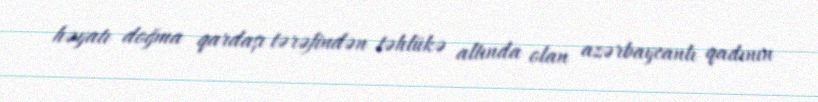
həyatı doğma qardaşı tərəfindən təhlükə altında olan azərbaycanlı qadının